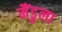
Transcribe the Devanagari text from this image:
मैंडुला